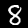
Label: 8